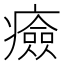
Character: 㿌